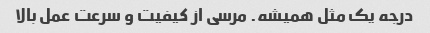
درجه یک مثل همیشه. مرسی از کیفیت و سرعت عمل بالا